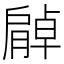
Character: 𦠰